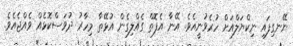
ނޭނގިފައި ނިކްޔަލްއަށް ހުރެވުނީއެވެ. އޭނާ އެފޮތް ގެއްލިގެން އުޅޭތާ މިހާރު ދުވަސްކޮޅެއް ވެއްޖެއެވެ.